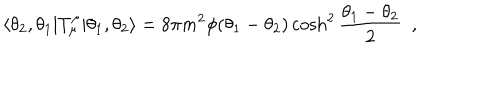
LaTeX: \langle \theta _ { 2 } , \theta _ { 1 } | T _ { \mu } ^ { \mu } | \theta _ { 1 } , \theta _ { 2 } \rangle = 8 \pi m ^ { 2 } \phi ( \theta _ { 1 } - \theta _ { 2 } ) \cosh ^ { 2 } \frac { \theta _ { 1 } - \theta _ { 2 } } { 2 } \, \, \, ,